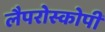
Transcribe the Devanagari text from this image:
लैपरोस्कोपी